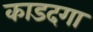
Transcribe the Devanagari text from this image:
काडदगा